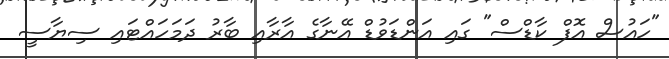
"ހައުސް އޮފް ކާޑްސް" ގައި އަންޑަވުޑް އޭނާގެ އާރާއި ބާރު ދަމަހައްޓައި ސިޔާސީ